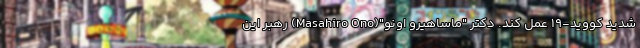
شدید کووید-۱۹ عمل کند. دکتر "ماساهیرو اونو"(Masahiro Ono) رهبر این